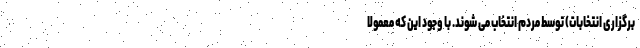
برگزاری انتخابات) توسط مردم انتخاب می شوند. با وجود این که معمولا